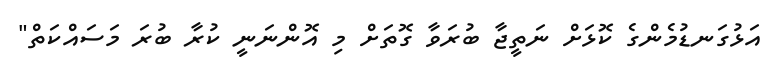
އަޅުގަނޑުމެންގެ ކޮޅަށް ނަތީޖާ ބުރަވާ ގޮތަށް މި އޮންނަނީ ކުރާ ބުރަ މަސައްކަތް"